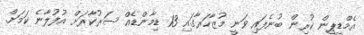
އެމްޑީޕީން ކުރިން ބުނެފައި ވަނީ މުޒާހަރާގައި 13 ޑިމާންޑެއް ސަރުކާރަށް އުފުލާނެ ކަމަށް.